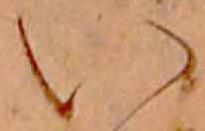
い